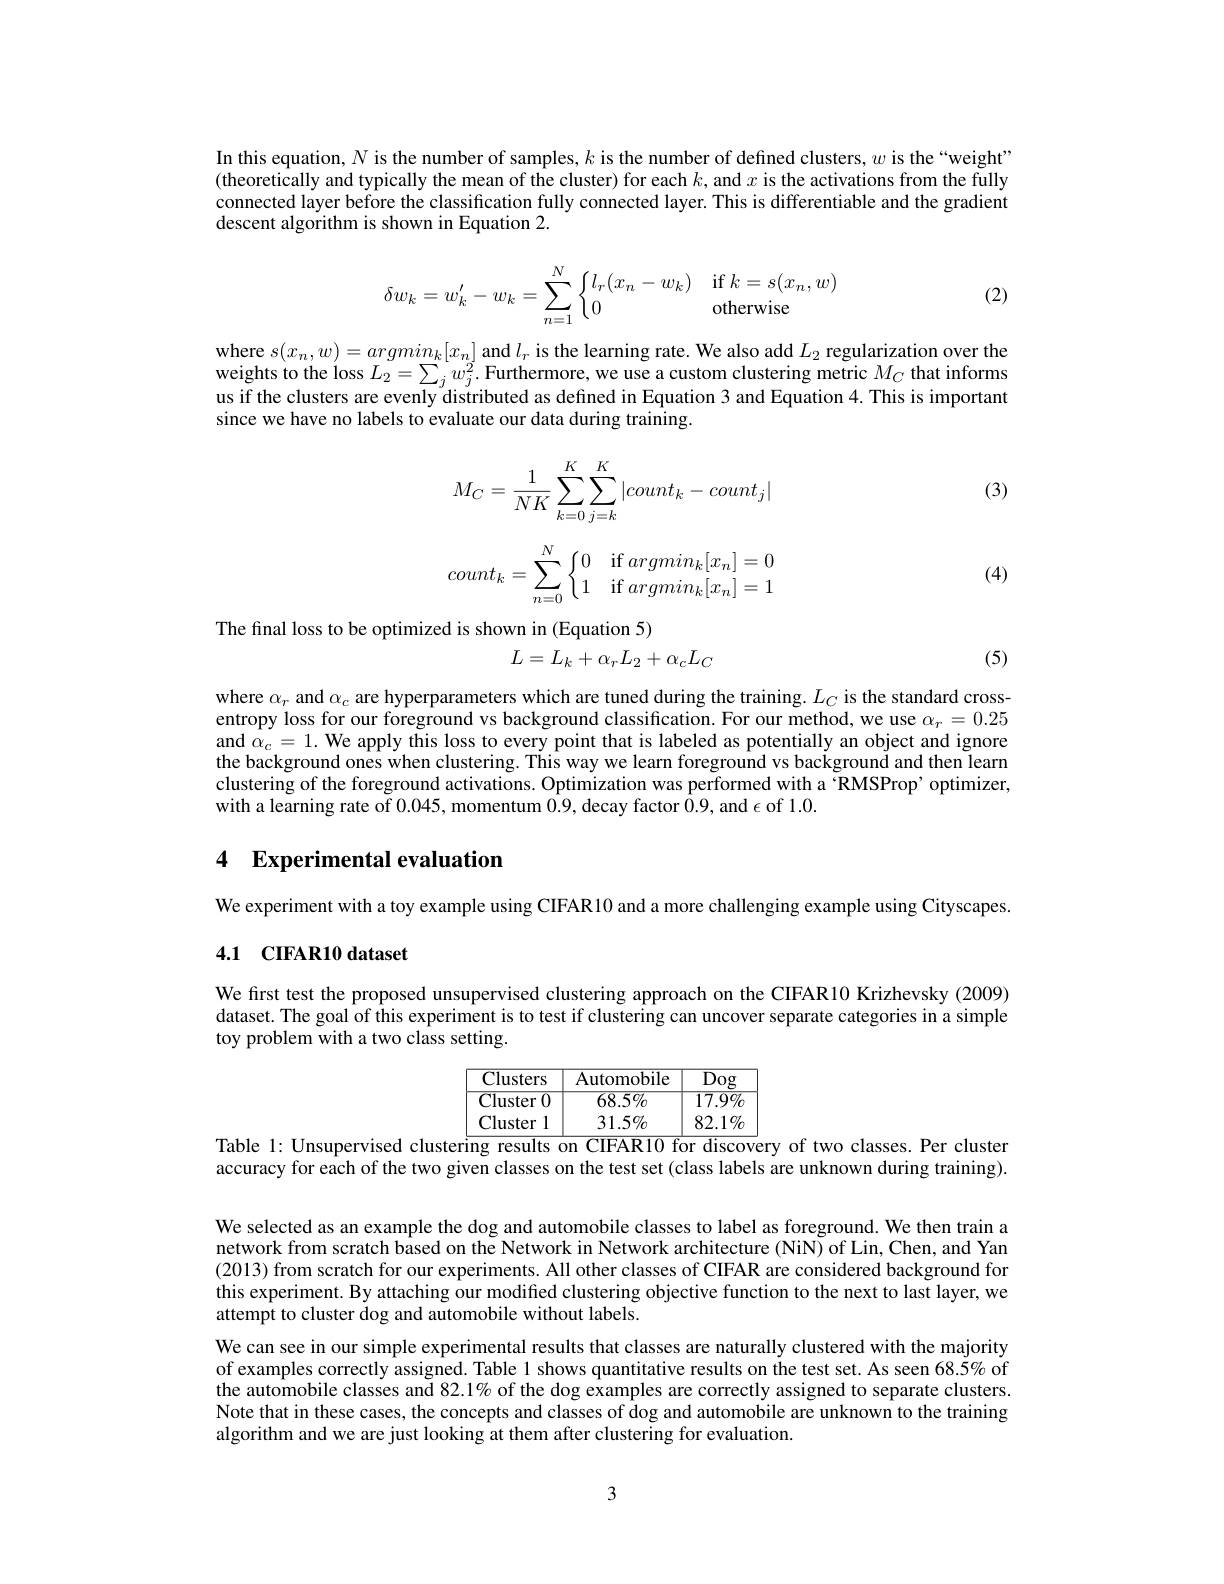
In this equation, $N$ is the number of samples, $k$ is the number of defined clusters, $w$ is the“weight" (theoretically and typically the mean of the cluster) for each $k$, and $x$ is the activations from the fully connected layer before the classification fully connected layer. This is differentiable and the gradient descent algorithm is shown in Equation 2.

(2)
$$\delta w_k=w_k'-w_k=\sum_{n=1}^N\left\{\begin{matrix}l_r(x_n-w_k)&\text{if}k=s(x_n,w)\\0&\text{otherwise}\end{matrix}\right.$$
where $s( x_{n}, w) = argmin_{k}[ x_{n}]$ and $l_{r}$ is the learning rate. We also add $L_{2}$ regularization over the weights to the loss $L_{2}= \sum _{j}w_{j}^{2}.$ Furthermore, we use a custom clustering metric $M_{C}$ that informs us if the cluster
since we have no labels to evaluate our data during training

(3)
$$M_C=\dfrac{1}{NK}\sum\limits_{k=0}^K\sum\limits_{j=k}^K|count_k-count_j|$$
$$count_k=\sum_{n=0}^N\left\{\begin{matrix}0&\text{if}argmin_k[x_n]=0\\1&\text{if}argmin_k[x_n]=1\end{matrix}\right.$$
(4)

The final loss to be optimized is shown in (Equation 5)
$$L=L_k+\alpha_rL_2+\alpha_cL_C$$
(5)

where $\alpha_r$ and $\alpha_c$ are hyperparameters which are tuned during the training. $L_C$ is the standard crossentropy loss for our foreground vs background classification. For our method, we use $\alpha_r=0.25$ and $\tilde{\alpha}_c=1.$ We apply this loss to every point that is labeled as potentially an object and ignore the background ones when clustering. This way we learn foreground vs background and then learn clustering of the foreground activations. Optimization was performed with a 'RMSProp’ optimizer, with a learning rate of 0.045, momentum 0.9, decay factor $\bar{0}.9$, and $\epsilon$ of 1.0.

## 4 Experimental evaluation

We experiment with a toy example using CIFAR10 and a more challenging example using Cityscapes.
4.1 CIFAR10 dataset

We first test the proposed unsupervised clustering approach on the CIFAR10 Krizhevsky (2009) dataset. The goal of this experiment is to test if clustering can uncover separate categories in a simple toy problem with a two class setting.

$\boxed{\:\text{Clusters}\:\text{Automobile}\:\text{Dog}}$
${\overline{\text{Cluster }0}}$
$\overline{68.5\%}$
$\overline{17.9\%}$
Cluster 1
$\underline{31.5\%}$
$82.1\%$
Table 1: Unsupervised clustering results on CIFAR10 for discovery of two classes. Per cluster

accuracy for each of the two given classes on the test set (class labels are unknown during training)

We selected as an example the dog and automobile classes to label as foreground. We then train a network from scratch based on the Network in Network architecture (NiN) of Lin, Chen, and Yan (2013) from scratch for our experiments. All other classes of CIFAR are considered background for this experiment. By attaching our modified clustering objective function to the next to last layer, we attempt to cluster dog and automobile without labels.
We can see in our simple experimental results that classes are naturally clustered with the majority of examples correctly assigned. Table 1 shows quantitative results on the test set. As seen 68.$\tilde{5}\%$ of the automobile classes and $82.1\%$ of the dog examples are correctly assigned to separate clusters. Note that in these cases, the concepts and classes of dog and automobile are unknown to the training algorithm and we are just looking at them after clustering for evaluation.

3